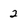
Character: 2